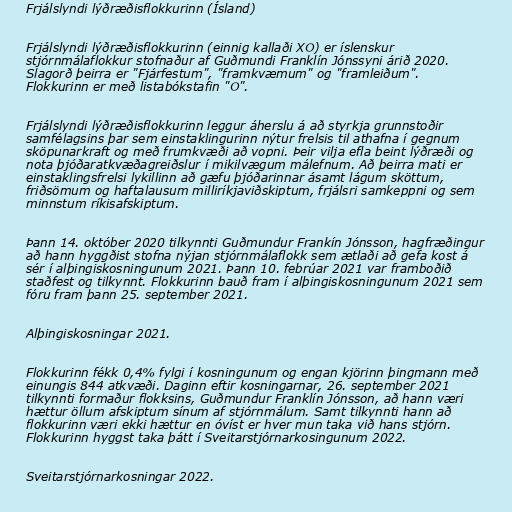
Frjálslyndi lýðræðisflokkurinn (Ísland)

Frjálslyndi lýðræðisflokkurinn (einnig kallaði XO) er íslenskur
stjórnmálaflokkur stofnaður af Guðmundi Franklín Jónssyni árið 2020.
Slagorð þeirra er "Fjárfestum", "framkvæmum" og "framleiðum".
Flokkurinn er með listabókstafin "O".

Frjálslyndi lýðræðisflokkurinn leggur áherslu á að styrkja grunnstoðir
samfélagsins þar sem einstaklingurinn nýtur frelsis til athafna í gegnum
sköpunarkraft og með frumkvæði að vopni. Þeir vilja efla beint lýðræði og
nota þjóðaratkvæðagreiðslur í mikilvægum málefnum. Að þeirra mati er
einstaklingsfrelsi lykillinn að gæfu þjóðarinnar ásamt lágum sköttum,
friðsömum og haftalausum milliríkjaviðskiptum, frjálsri samkeppni og sem
minnstum ríkisafskiptum.

Þann 14. október 2020 tilkynnti Guðmundur Frankín Jónsson, hagfræðingur
að hann hyggðist stofna nýjan stjórnmálaflokk sem ætlaði að gefa kost á
sér í alþingiskosningunum 2021. Þann 10. febrúar 2021 var framboðið
staðfest og tilkynnt. Flokkurinn bauð fram í alþingiskosningunum 2021 sem
fóru fram þann 25. september 2021.

Alþingiskosningar 2021.

Flokkurinn fékk 0,4% fylgi í kosningunum og engan kjörinn þingmann með
einungis 844 atkvæði. Daginn eftir kosningarnar, 26. september 2021
tilkynnti formaður flokksins, Guðmundur Franklín Jónsson, að hann væri
hættur öllum afskiptum sínum af stjórnmálum. Samt tilkynnti hann að
flokkurinn væri ekki hættur en óvíst er hver mun taka við hans stjórn.
Flokkurinn hyggst taka þátt í Sveitarstjórnarkosingunum 2022.

Sveitarstjórnarkosningar 2022.